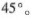
45°。